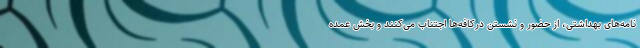
نامه‌هاى بهداشتى، از حضور و نشستن درکافه‌ها اجتناب مى‌کنند و بخش عمده